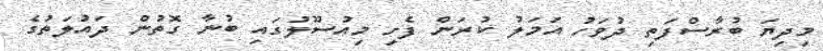
މިދިޔަ ބުރާސްފަތި ދުވަހު އަމަލު ކުރަން ފެށި މިއުސޫލުގައި ބުނާ ގޮތުން ދައުލަތުގެ